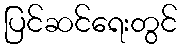
ပြင်ဆင်ရေးတွင်